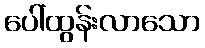
ပေါ်ထွန်းလာသော